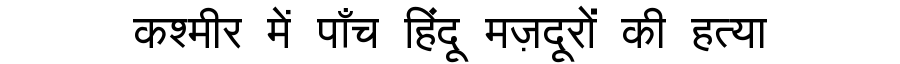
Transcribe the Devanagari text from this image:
कश्मीर में पाँच हिंदू मज़दूरों की हत्या